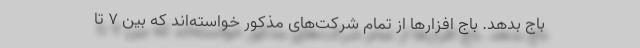
باج بدهد. باج افزارها از تمام شرکت‌های مذکور خواسته‌اند که بین ۷ تا